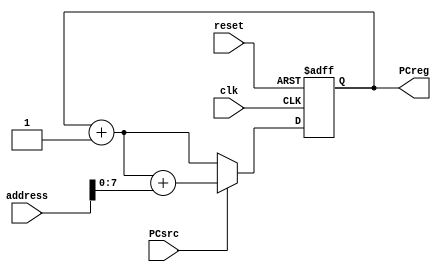
module    Prgm_Counter(clk, reset, PCsrc, address, PCreg);

input                 PCsrc, clk, reset;
input         [8 : 0] address;
output    reg [7 : 0] PCreg;
wire          [7 : 0] temp;

assign    temp = PCreg + 1;

always@(posedge clk, negedge reset)
begin

    if (reset == 0) begin
        PCreg = 0;
	end
    else begin
        if (PCsrc == 1)
            PCreg = temp + address;
        else
            PCreg = temp;
    end
end

endmodule